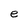
Character: e